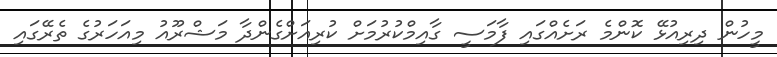
މީހުން ދިރިއުޅޭ ކޮންމެ ރަށެއްގައި ފާމަސީ ގާއިމްކުރުމަށް ކުރިއަށްގެންދާ މަޝްރޫއު މިއަހަރުގެ ތެރޭގައި